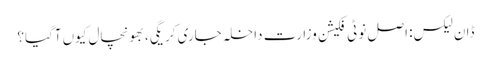
ڈان لیکس: اصل نوٹی فکیشن وزارت داخلہ جاری کریگی، بھونچال کیوں آگیا؟